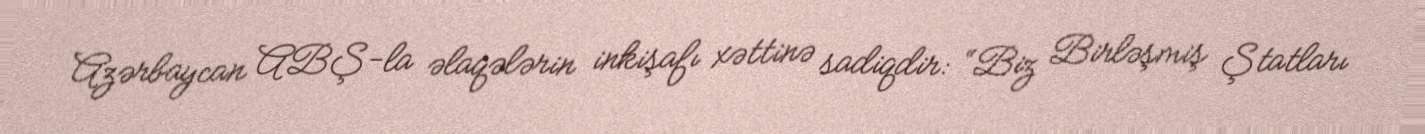
Azərbaycan ABŞ-la əlaqələrin inkişafı xəttinə sadiqdir: “Biz Birləşmiş Ştatları